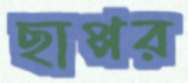
ছাপ্পর